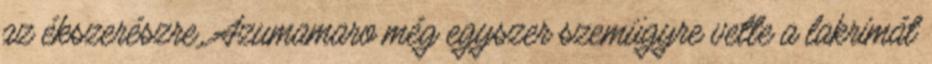
az ékszerészre. Azumamaro még egyszer szemügyre vette a lakrimát